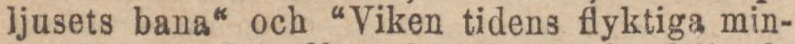
ljusets bana“ och “Viken tidens flyktiga min-